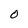
Character: O